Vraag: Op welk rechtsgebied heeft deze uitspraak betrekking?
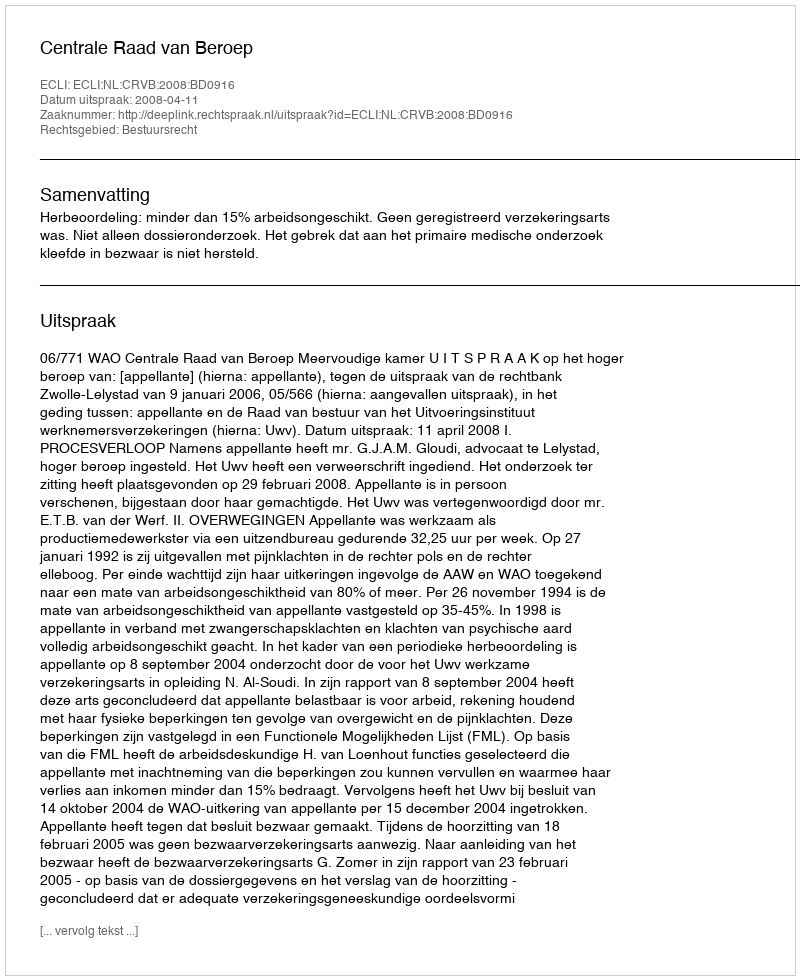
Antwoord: Bestuursrecht